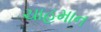
ચાહમાન